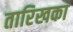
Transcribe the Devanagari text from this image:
तारिखका